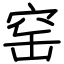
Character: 窑